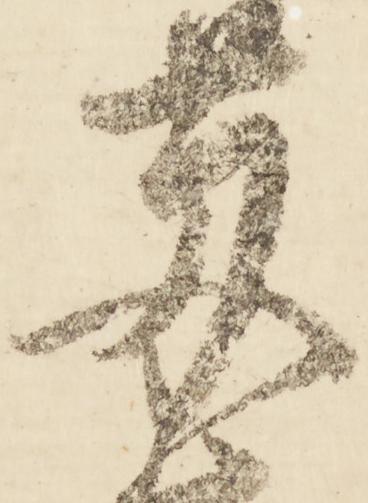
艾